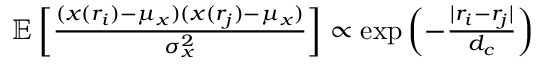
\begin{array} { r } { \mathbb { E } \left[ \frac { ( x ( r _ { i } ) - \mu _ { x } ) ( x ( r _ { j } ) - \mu _ { x } ) } { \sigma _ { x } ^ { 2 } } \right] \propto \exp \left( { - \frac { | r _ { i } - r _ { j } | } { d _ { c } } } \right) } \end{array}